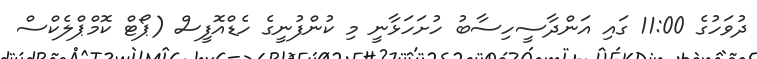
ދުވަހުގެ 11:00 ގައި އަންދާސީހިސާބު ހުށަހަޅާނީ މި ކުންފުނީގެ ހެޑްއޮފީސް (ޕޯޓް ކޮމްޕްލެކްސް